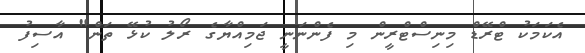
އެކަމަކު ޓްރޭޑް މިނިސްޓްރީން މި ފެންނަނީ ޖަމިއްޔާގެ ރޯލު ކުޅޭ ތަން" އާސިފު